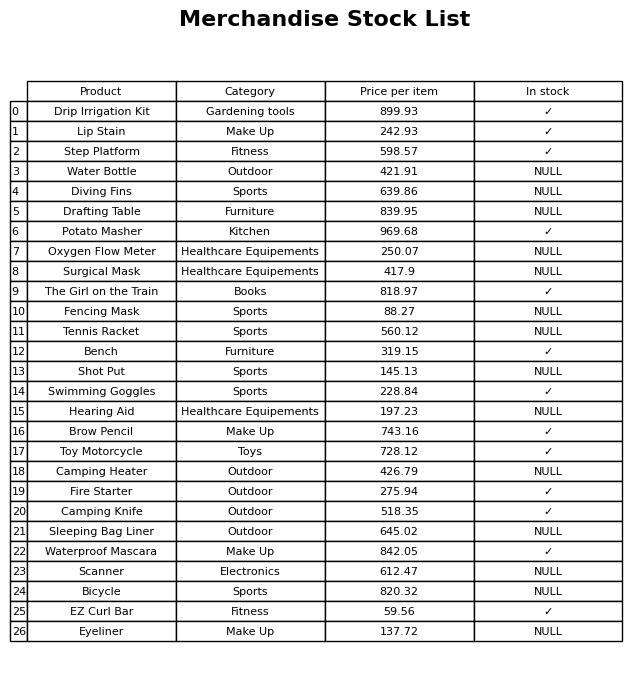
question: What is the price of the Bench?
answer: The price of Bench is 319.15.